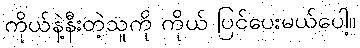
ကိုယ်နဲ့နီးတဲ့သူကို ကိုယ် ပြင်ပေးမယ်ပေါ့။